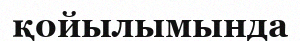
қойылымында